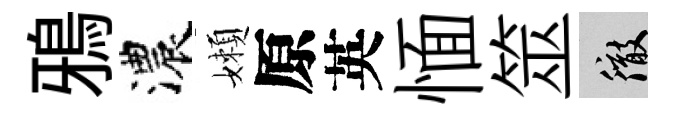
鴉濃嬾原英愐筮徹